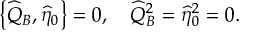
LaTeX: \left\{ \widehat { Q } _ { B } , \widehat { \eta } _ { 0 } \right\} = 0 , \quad \widehat { Q } _ { B } ^ { 2 } = \widehat { \eta } _ { 0 } ^ { 2 } = 0 .